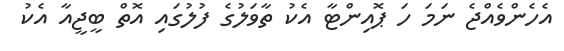
އެހެންވެއްޖެ ނަމަ ހަ ޕޮއިންޓާ އެކު ތާވަލުގެ ފުލުގައި އޮތް ބީޖީއާ އެކު